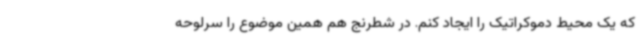
که یک محیط دموکراتیک را ایجاد کنم. در شطرنج هم همین موضوع را سرلوحه